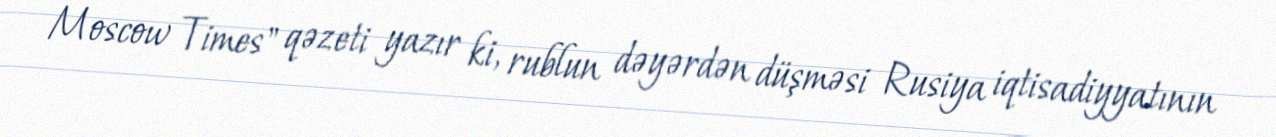
Moscow Times" qəzeti yazır ki, rublun dəyərdən düşməsi Rusiya iqtisadiyyatının